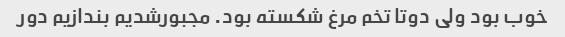
خوب بود ولی دوتا تخم مرغ شکسته بود. مجبورشدیم بندازیم دور